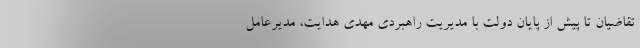
تقاضیان تا پیش از پایان دولت با مدیریت راهبردی مهدی هدایت، مدیرعامل